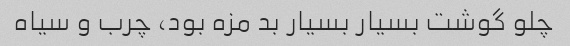
چلو گوشت بسیار بسیار بد مزه بود، چرب و سیاه